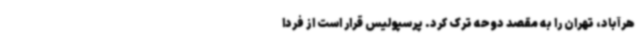
هرآباد، تهران را به مقصد دوحه ترک کرد. پرسپولیس قرار است از فردا